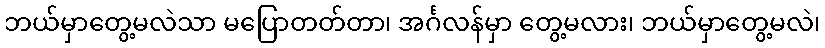
ဘယ်မှာတွေ့မလဲသာ မပြောတတ်တာ၊ အင်္ဂလန်မှာ တွေ့မလား၊ ဘယ်မှာတွေ့မလဲ၊